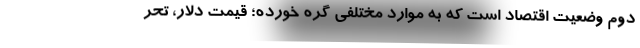
دوم وضعیت اقتصاد است که به موارد مختلفی گره خورده؛ قیمت دلار، تحر